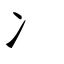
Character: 冫